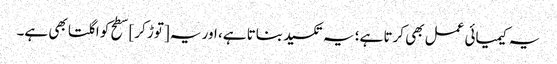
یہ کیمیائی عمل بھی کرتا ہے؛ یہ تکسید بناتا ہے، اور یہ [توڑ کر] سطح کو اگلتا بھی ہے۔